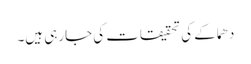
دھماکے کی تحقیقات کی جارہی ہیں۔